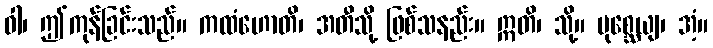
ဝါ၊ ဤကုန်ခြင်းသည်။ ကထံဟောတိ၊ အတီသို့ ဖြစ်သနည်း။ ဣတိ၊ သို့။ ပုစ္ဆေယျ၊ အံ့။